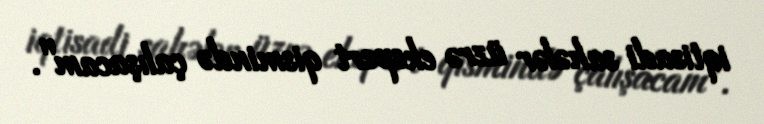
iqtisadi sahələr üzrə ekspert qismində çalışacam".